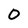
Character: 0